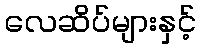
လေဆိပ်များနှင့်